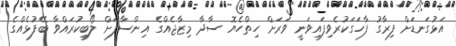
އަޅުގަނޑަށް ފިރާގު ފާހަގަކުރެވިފައިވަނީ ވަރަށް ހިތްހެޔޮ ސާދާ މިޒާޖެއްގެ އިންސާފަށް ލޯބިކުރައްވާ ބޭފުޅެއްގެ